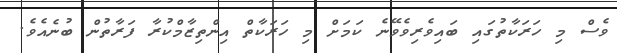
ވެސް މި ހަރަކާތުގައި ބައިވެރިވެވޭނެ ކަމަށް މި ހަރަކާތް އިންތިޒާމްކުރާ ފަރާތުން ބުނެއެވެ.